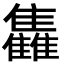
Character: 雥